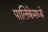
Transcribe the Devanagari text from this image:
पालिकेमध्ये